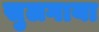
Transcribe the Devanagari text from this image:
सुलगाया